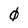
Character: 0